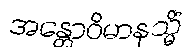
အန္တောဝိမာနသ္မိံ